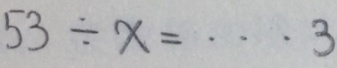
5 3 \div x = \cdots 3